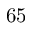
6 5